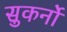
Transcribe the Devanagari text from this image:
सुकर्नो